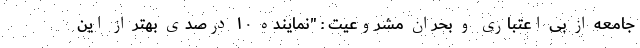
جامعه از بی اعتباری و بحران مشروعیت : "نماینده ۱۰ درصدی بهتر از این